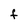
Character: F